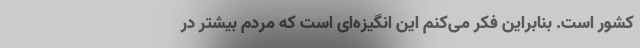
کشور است. بنابراین فکر می‌کنم این انگیزه‌ای است که مردم بیشتر در